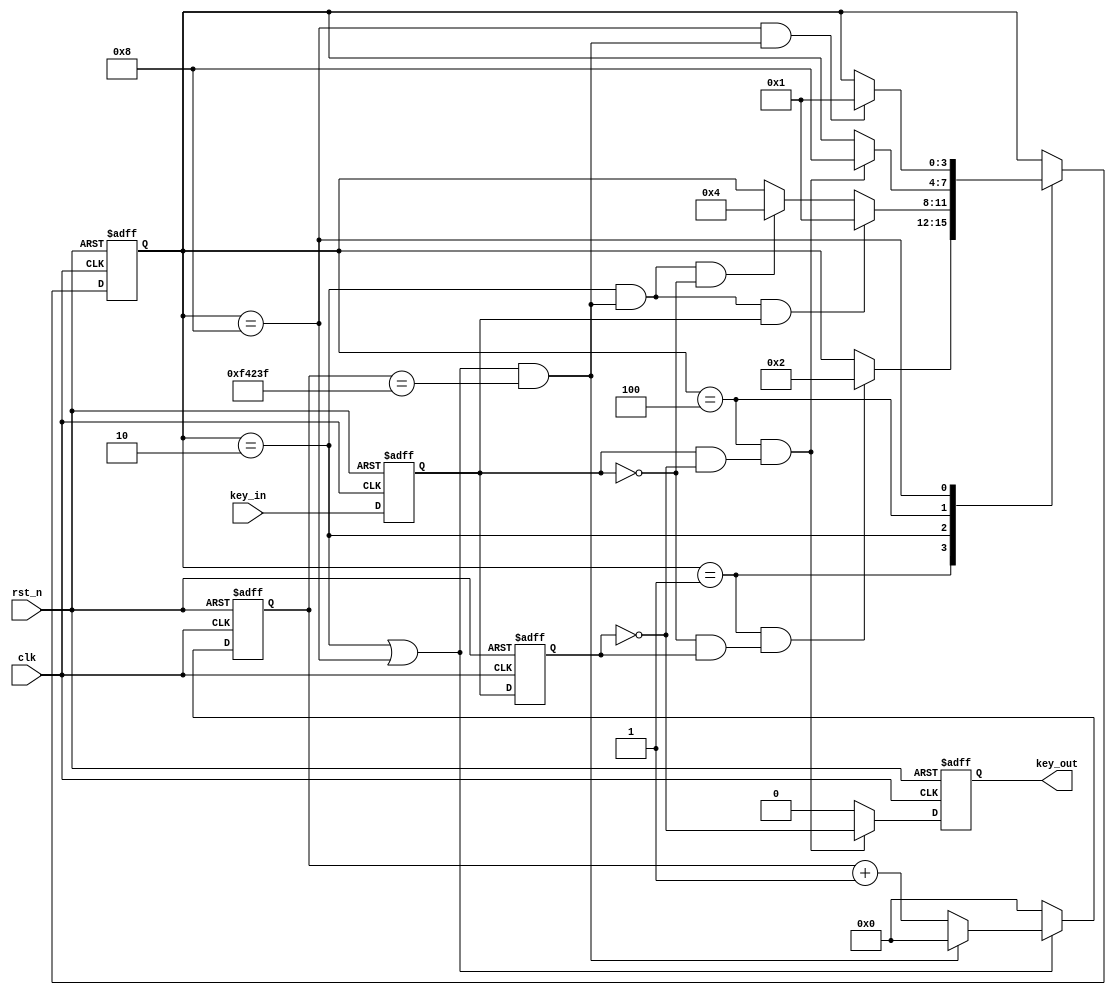
module FSM_KEY#(parameter TIME_20MS = 1_000_000, width = 1)(
    input                           clk     ,
    input                           rst_n   ,
    input        [width - 1:0]      key_in  ,       //
    output reg   [width - 1:0]      key_out         //
);

    reg     [19:0]              cnt     ;
    wire                        add_cnt ;
    wire                        end_cnt ;

    reg     [width - 1:0]       key_r0  ;   // 
    reg     [width - 1:0]       key_r1  ;   //    
    wire                        nedge   ;   //
    wire                        podge   ;   //

    //
    parameter   IDLE    =   4'b0001,
                DOWN    =   4'b0010,
                HOLD    =   4'b0100,
                UP      =   4'b1000;
    
    //
    wire                idle2down   ;
    wire                down2idle   ;   //
    wire                down2hold   ;   //
    wire                hold2up     ;
    wire                up2idle     ;

    //
    reg     [3:0]       state_c     ;
    reg     [3:0]       state_n     ;

    always @(posedge clk or negedge rst_n)begin
        if(!rst_n)begin
            cnt <= 20'b0;
        end
        else if(add_cnt)begin
            if(end_cnt)begin
                cnt <= 20'b0;
            end
            else begin
                cnt <= cnt + 1'b1;
            end
        end
        else begin
            cnt <= 20'b0;
        end
    end

    assign add_cnt = state_c == DOWN || state_c == UP;
    assign end_cnt = add_cnt && cnt == TIME_20MS - 1;

    always @(posedge clk or negedge rst_n)begin
        if(!rst_n)begin
            key_r0 <= {width{1'b1}};       //{3{1'b1}} = 3'b111
            key_r1 <= {width{1'b1}};
        end
        else begin
            key_r0 <= key_in;
            key_r1 <= key_r0;
        end
    end

    assign nedge = |(~key_r0 & key_r1) ;
    assign podge = |(key_r0 & ~key_r1) ;

    //
    always @(posedge clk or negedge rst_n)begin
        if(!rst_n)begin
            state_c <= IDLE;
        end
        else begin
            state_c <= state_n;
        end
    end

    // 
    always @(*)begin
        case(state_c)
            IDLE    :   if(idle2down)
                            state_n = DOWN;
                        else 
                            state_n = state_c;
            DOWN    :   if(down2idle)
                            state_n = IDLE;
                        else if(down2hold)
                            state_n = HOLD;
                        else 
                            state_n = state_c;
            HOLD    :   if(hold2up)
                            state_n = UP;
                        else 
                            state_n = state_c;
            UP      :   if(up2idle)
                            state_n = IDLE;
                        else 
                            state_n = state_c;
            default :   state_n = state_c;
        endcase
    end

    assign idle2down = state_c == IDLE && nedge;
    assign down2idle = state_c == DOWN && end_cnt && (&key_r0)  ;
    assign down2hold = state_c == DOWN && end_cnt && (~(&key_r0)) ;
    assign hold2up   = state_c == HOLD && podge ;
    assign up2idle   = state_c == UP   && end_cnt ;

    always @(posedge clk or negedge rst_n)begin
        if(!rst_n)begin
            key_out <= {width{1'b0}};
        end
        else if(hold2up)begin
            key_out <= ~key_r1;
        end
        else begin
            key_out <= {width{1'b0}};
        end
    end


endmodule